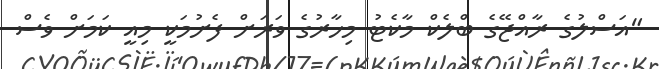
"އަސްލުގެ ރާއްޖޭގެ ބްލެކް މާކެޓު މިހާރުގެ ވަރަށް ފެށުމަކީ މިއީ ކަމަށް ވެސް